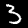
Digit: 3